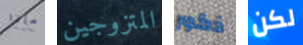
ماذا المتزوجين ذكور لكن